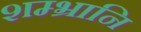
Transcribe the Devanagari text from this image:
शम्भ्रानि